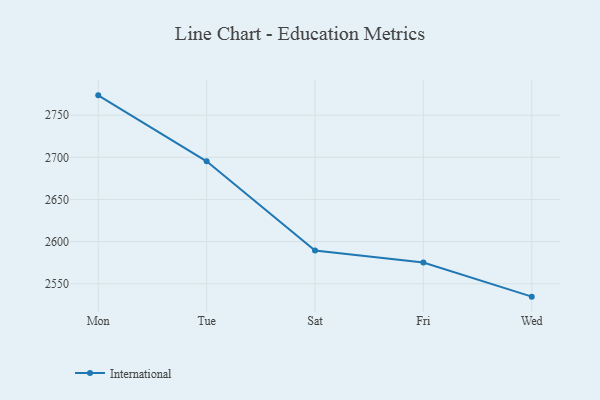
{"axis": {"x": "Day", "y": "Inventory Turnover"}, "legend": ["International"], "data": [{"x": "Mon", "y": 2773.5, "type": "International"}, {"x": "Tue", "y": 2695.2, "type": "International"}, {"x": "Sat", "y": 2589.4, "type": "International"}, {"x": "Fri", "y": 2575.2, "type": "International"}, {"x": "Wed", "y": 2534.7, "type": "International"}]}